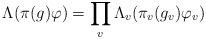
\begin{align*}\Lambda(\pi(g)\varphi)=\prod_v \Lambda_v(\pi_v(g_v)\varphi_v)\end{align*}